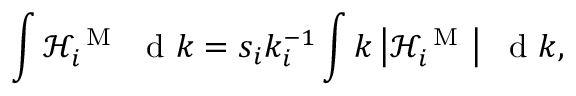
\int \mathcal { H } _ { i } ^ { \mathrm { ~ M ~ } } \ \mathrm { ~ d ~ } k = s _ { i } k _ { i } ^ { - 1 } \int k \left| \mathcal { H } _ { i } ^ { \mathrm { ~ M ~ } } \right| \ \mathrm { ~ d ~ } k ,